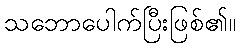
သဘောပေါက်ပြီးဖြစ်၏။